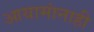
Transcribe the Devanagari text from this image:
आयामांनाही